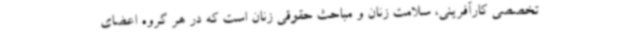
تخصصی کارآفرینی، سلامت زنان و مباحث حقوقی زنان است که در هر گروه اعضای